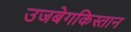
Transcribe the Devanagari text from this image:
उजबेगकिस्तान